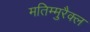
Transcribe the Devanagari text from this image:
मतिम्मुरैक्ल